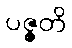
ပဇ္ဇတိ